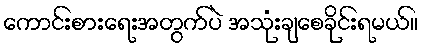
ကောင်းစားရေးအတွက်ပဲ အသုံးချစေခိုင်းရမယ်။